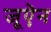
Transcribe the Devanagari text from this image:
जूऐन